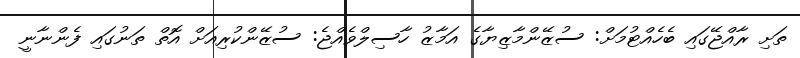
ތަށި ރާއްޖޭގައި ބެހެއްޓުމަށް: ސުޒޭންމާޒިޔާގެ އަމާޒު ހާސިލްވެއްޖެ: ސުޒޭންކުރިއަށް އޮތް ތަނުގައި ފެންނާނީ